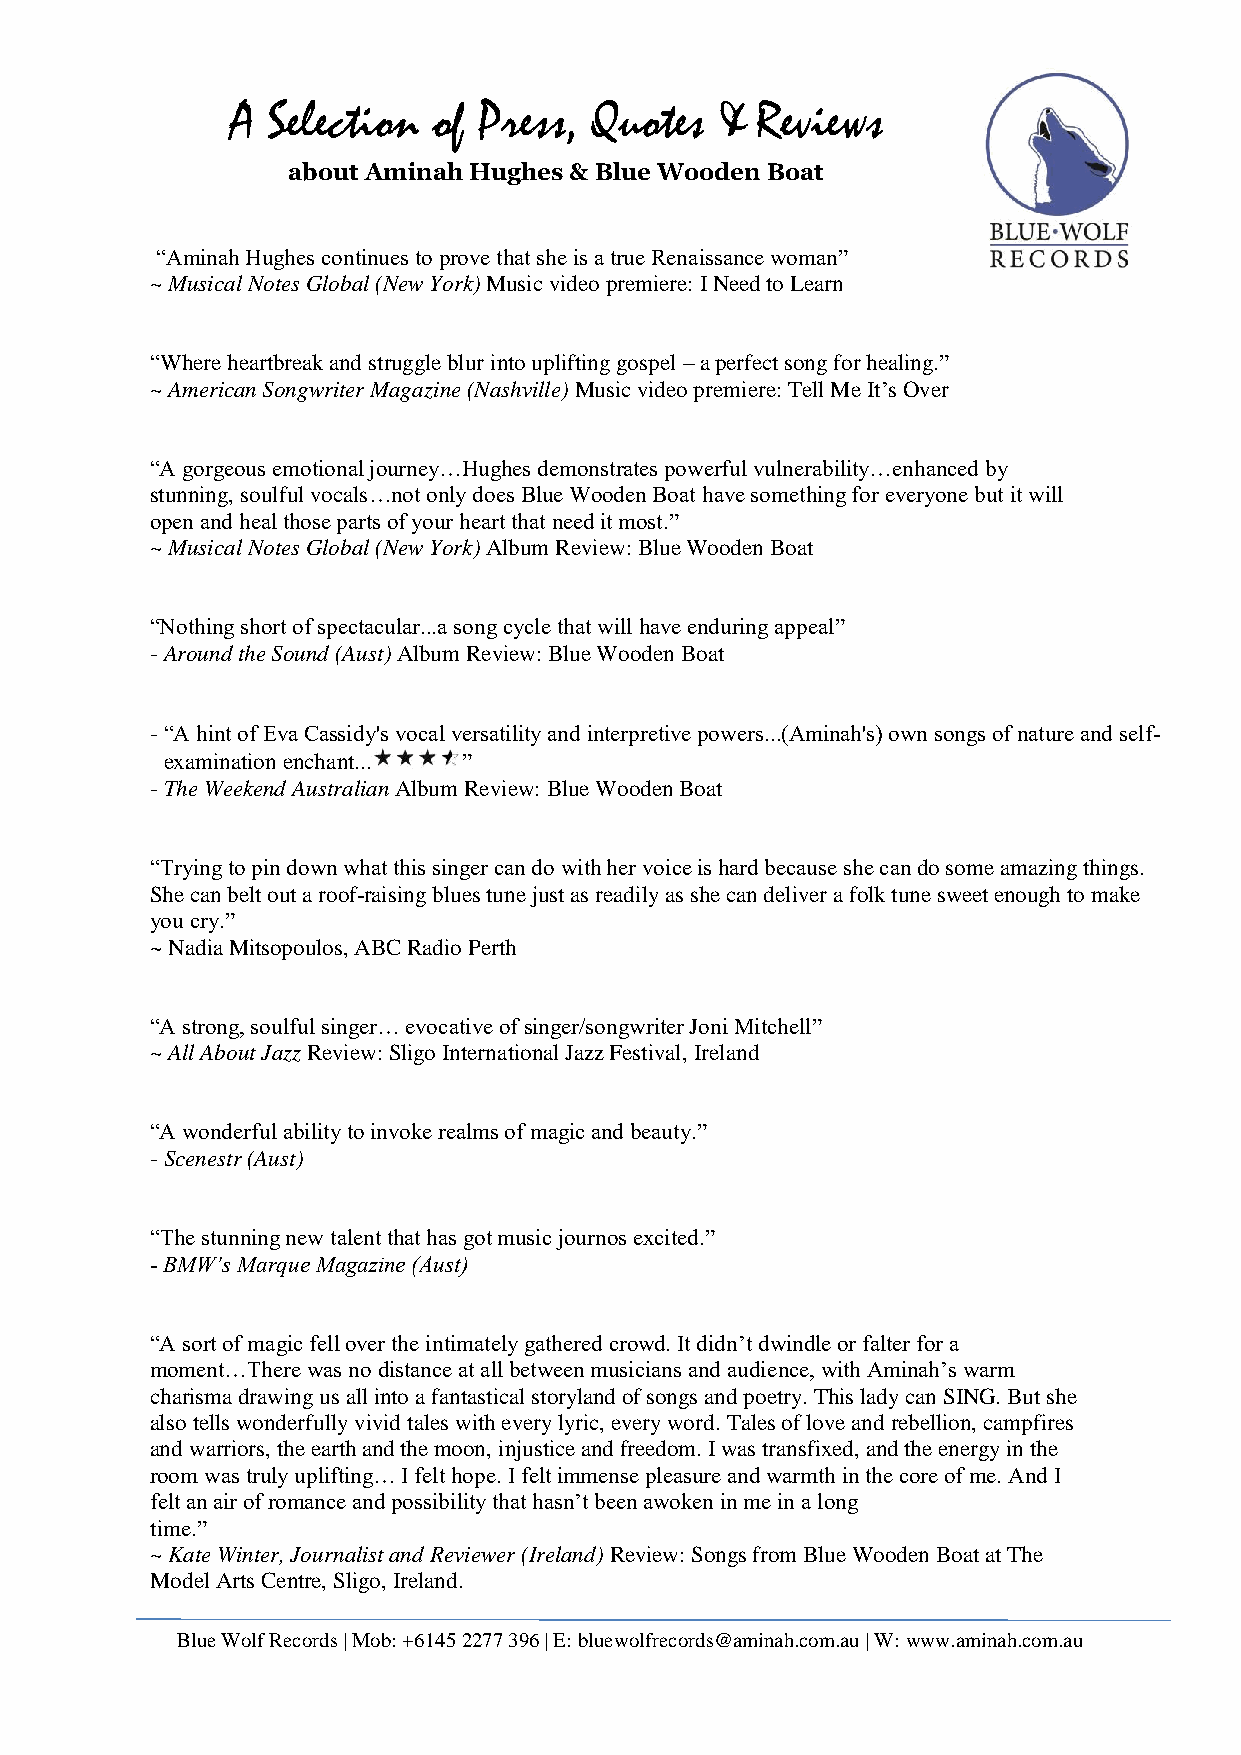
A  Selection  of Press, Quotes   & Reviews
 about Aminah Hughes & Blue Wooden Boat
 “Aminah Hughes continues to prove that she is a true Renaissance woman”
 ~ Musical Notes Global (New York) Music video premiere: I Need to Learn
 “Where heartbreak and struggle blur into uplifting gospel – a perfect song for healing.”
 ~ American Songwriter Magazine (Nashville) Music video premiere: Tell Me It’s Over
 “A gorgeous emotional journey…Hughes demonstrates powerful vulnerability…enhanced by
 stunning, soulful vocals…not only does Blue Wooden Boat have something for everyone but it will
 open and heal those parts of your heart that need it most.”
 ~ Musical Notes Global (New York) Album Review: Blue Wooden Boat
 “Nothing short of spectacular...a song cycle that will have enduring appeal”
 - Around the Sound (Aust) Album Review: Blue Wooden Boat
 - “A hint of Eva Cassidy's vocal versatility and interpretive powers...(Aminah's) own songs of nature and self-
 examination enchant... ”
 - The Weekend Australian Album Review: Blue Wooden Boat
 “Trying to pin down what this singer can do with her voice is hard because she can do some amazing things.
 She can belt out a roof-raising blues tune just as readily as she can deliver a folk tune sweet enough to make
 you cry.”
 ~ Nadia Mitsopoulos, ABC Radio Perth
 “A strong, soulful singer… evocative of singer/songwriter Joni Mitchell”
 ~ All About Jazz Review: Sligo International Jazz Festival, Ireland
 “A wonderful ability to invoke realms of magic and beauty.”
 - Scenestr (Aust)
 “The stunning new talent that has got music journos excited.”
 - BMW’s Marque Magazine (Aust)
 “A sort of magic fell over the intimately gathered crowd. It didn’t dwindle or falter for a
 moment…There was no distance at all between musicians and audience, with Aminah’s warm
 charisma drawing us all into a fantastical storyland of songs and poetry. This lady can SING. But she
 also tells wonderfully vivid tales with every lyric, every word. Tales of love and rebellion, campfires
 and warriors, the earth and the moon, injustice and freedom. I was transfixed, and the energy in the
 room was truly uplifting… I felt hope. I felt immense pleasure and warmth in the core of me. And I
 felt an air of romance and possibility that hasn’t been awoken in me in a long
 time.”
 ~ Kate Winter, Journalist and Reviewer (Ireland) Review: Songs from Blue Wooden Boat at The
 Model Arts Centre, Sligo, Ireland.
 Blue Wolf Records | Mob: +6145 2277 396 | E: bluewolfrecords@aminah.com.au | W: www.aminah.com.au